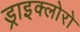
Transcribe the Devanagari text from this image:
ड्राइक्लोरो